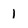
Character: 1